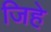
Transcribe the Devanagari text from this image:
जिहे